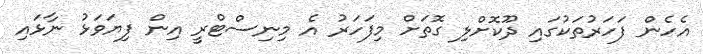
އެހެން ފަހަރުތަކުގައި ދޫކޮށްލި ގޮތަށް މިފަހަރު އެ މިނިސްޓްރީ އިން ފިޔަވަޅު ނާޅައި